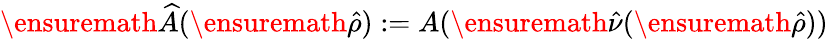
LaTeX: \ensuremath{\widehat{A}}(\ensuremath{\hat{\rho}}):=A(\ensuremath{\hat{\nu}}(\ensuremath{\hat{\rho}}))